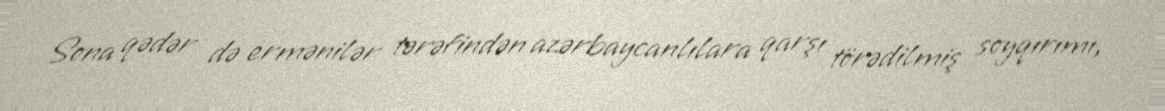
Sona qədər də ermənilər tərəfindən azərbaycanlılara qarşı törədilmiş soyqırımı,